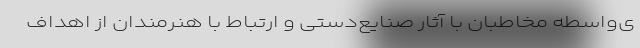
ی‌واسطه مخاطبان با آثار صنایع‌دستی و ارتباط با هنرمندان از اهداف